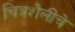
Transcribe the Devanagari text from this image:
चित्रशैलींचे